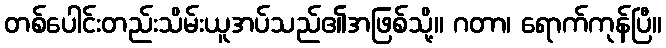
တစ်ပေါင်းတည်းသိမ်းယူအပ်သည်၏အဖြစ်သို့။ ဂတာ၊ ရောက်ကုန်ပြီ။